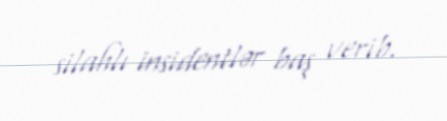
silahlı insidentlər baş verib.